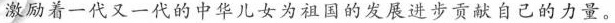
激助着一代又一代的中华儿女为祖国的发展进步贡献自己的力量。